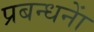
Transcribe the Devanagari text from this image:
प्रबन्धनाें